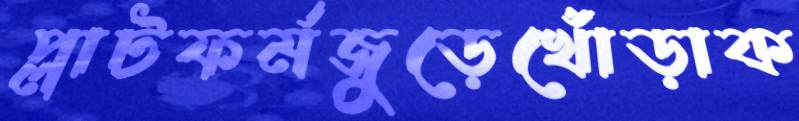
প্লাটফর্মজুড়েখোঁড়াক